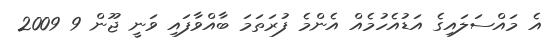
އެ މައްސަލައިގެ އަޑުއެހުމެއް އެންމެ ފުރަތަމަ ބާއްވާފައި ވަނީ ޖޫން 9 2009